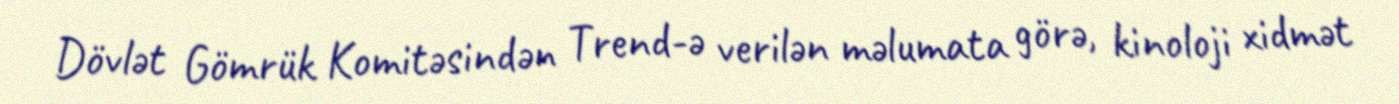
Dövlət Gömrük Komitəsindən Trend-ə verilən məlumata görə, kinoloji xidmət